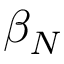
\beta _ { N }